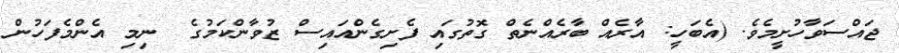
ޖައްސަވާހުށީމެވެ. (އެބަހީ: އާރެއް ބާރެއްނެތް ގޮތުގައި ފެށިގެންއައިސް ޒުވާންކަމުގެ  ނިމި އެންމެފަހުން